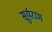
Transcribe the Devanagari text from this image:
सूर्यराम